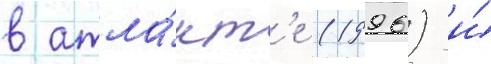
в атла́нт'е (1996) и́